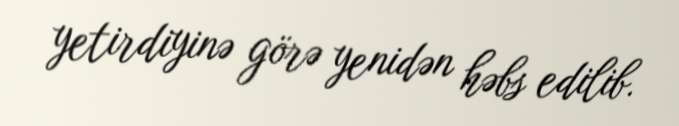
yetirdiyinə görə yenidən həbs edilib.